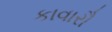
કાવારૌ